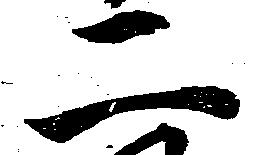
二